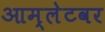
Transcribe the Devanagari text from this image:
आम्लेटवर